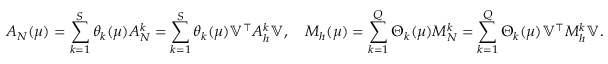
A _ { N } ( \mu ) = \sum _ { k = 1 } ^ { S } \theta _ { k } ( \mu ) A _ { N } ^ { k } = \sum _ { k = 1 } ^ { S } \theta _ { k } ( \mu ) \mathbb { V } ^ { \top } A _ { h } ^ { k } \mathbb { V } , \quad M _ { h } ( \mu ) = \sum _ { k = 1 } ^ { Q } \Theta _ { k } ( \mu ) M _ { N } ^ { k } = \sum _ { k = 1 } ^ { Q } \Theta _ { k } ( \mu ) \mathbb { V } ^ { \top } M _ { h } ^ { k } \mathbb { V } .